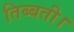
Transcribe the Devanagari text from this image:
तिब्बती।